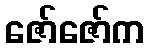
ဇော်ဇော်က